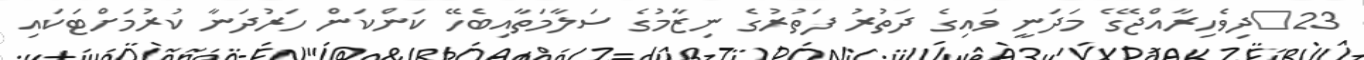
23	ދިވެހިރާއްޖޭގެ މަދަނީ ވައިގެ ދަތުރު ފަތުރުގެ ނިޒާމުގެ ސަލާމަތާއިބެހޭ ކަންކަން ހަރުދަނާ ކުރުމަށްޓަކައި